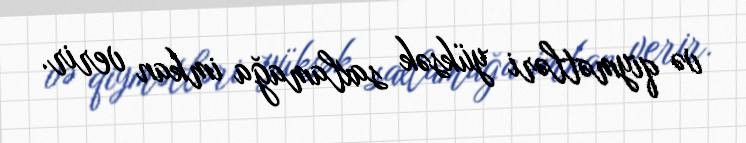
və qiymətləri yüksək saxlamağa imkan verir.